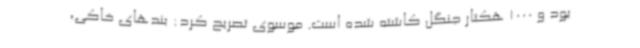
بود و 1000 هکتار جنگل کاشته شده است. موسوی تصریح کرد: بندهای خاکی،